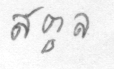
สตูล